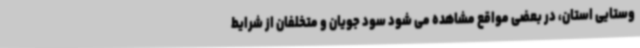
وستایی استان، در بعضی مواقع مشاهده می شود سود جویان و متخلفان از شرایط